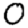
Digit: 0